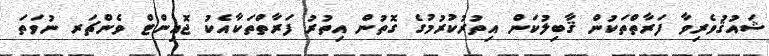
ޝައުޤުވެރިވާ ފަރާތްތަކުން ޤާބިލުކަން އިތުރުކުރުމުގެ ގޮތުން އިތުރު ފަރާތްތަކާއެކު ޖޮއިންޓް ވެންޗަރ ނުވަތަ